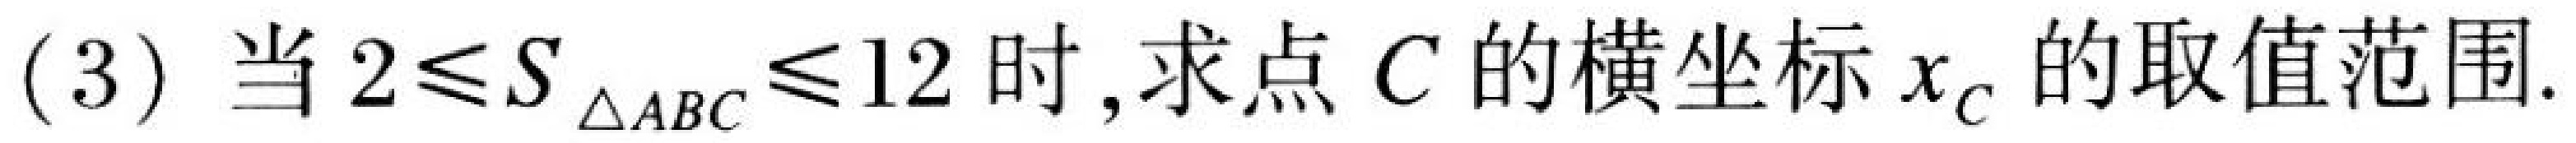
(3) 当\(2\leqslant S_{\triangle ABC}\leqslant12\)时, 求点\(C\)的横坐标\(x_{C}\)的取值范围.